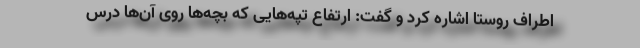
اطراف روستا اشاره کرد و گفت: ارتفاع تپه‌هایی که بچه‌ها روی آن‌ها درس